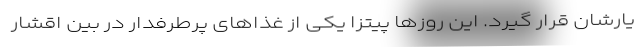
یارشان قرار گیرد. این روزها پیتزا یکی از غذاهای پرطرفدار در بین اقشار